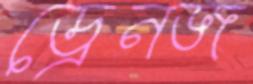
ড্রেনজ